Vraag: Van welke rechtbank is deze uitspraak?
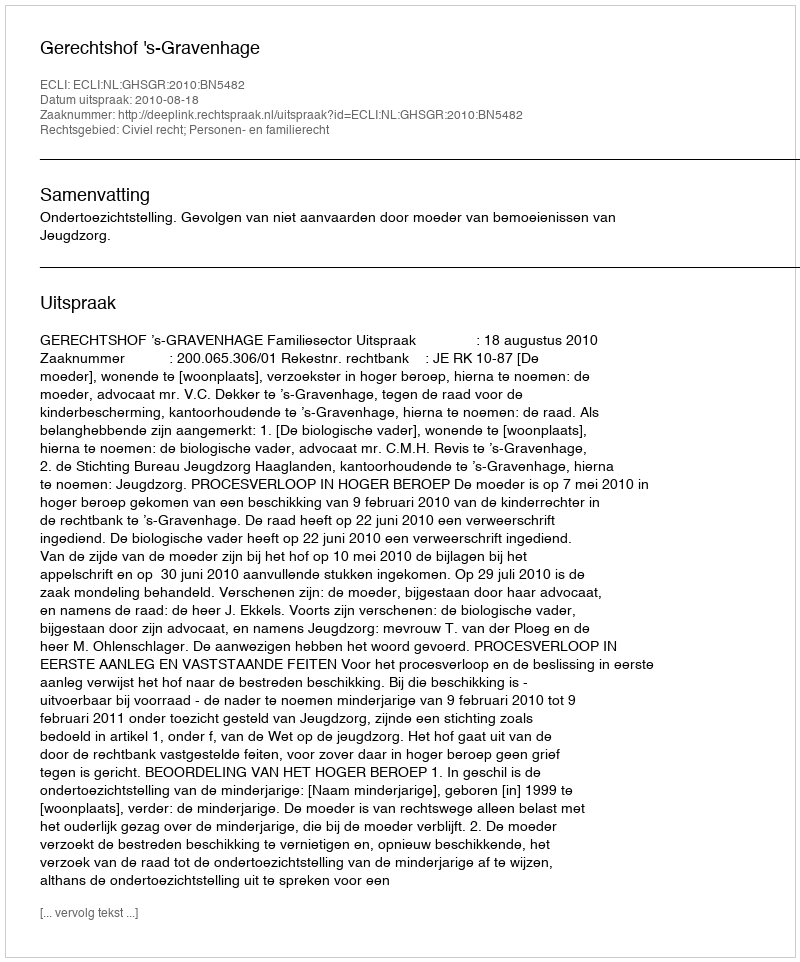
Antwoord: Gerechtshof 's-Gravenhage